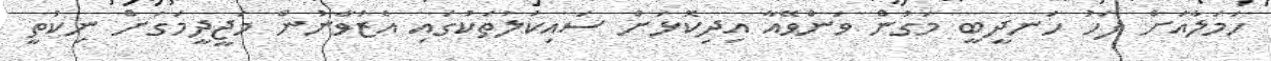
ހަމަލާއަށް ފަހު ހަނދީބީ މަގުން ވަންވޭއާ އިދިކޮޅަށް ސައިކަލުތަކުގައި އެޒުވާނުން މަޖީދީމަގަށް ނިކުތީ